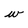
Character: w